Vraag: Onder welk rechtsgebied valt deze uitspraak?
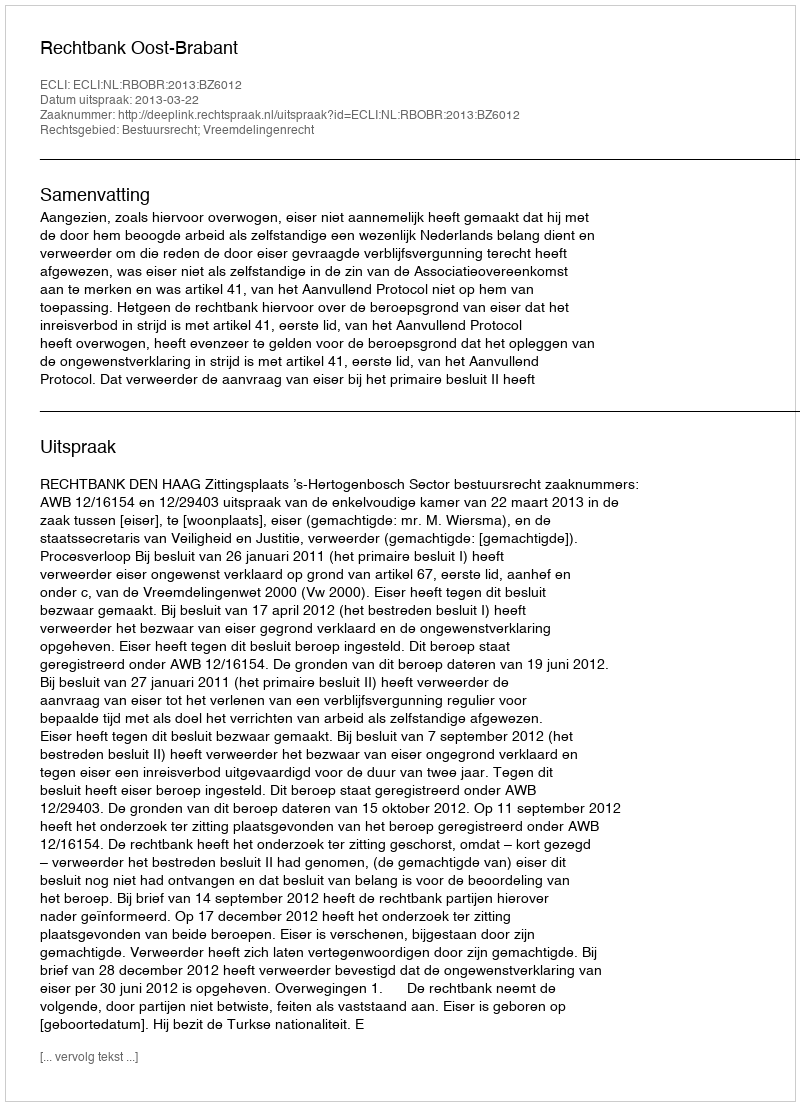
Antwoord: Bestuursrecht; Vreemdelingenrecht